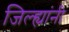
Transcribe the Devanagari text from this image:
जिल्ह्यांनी